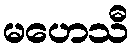
မဟေသီ